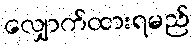
လျှောက်ထားရမည်